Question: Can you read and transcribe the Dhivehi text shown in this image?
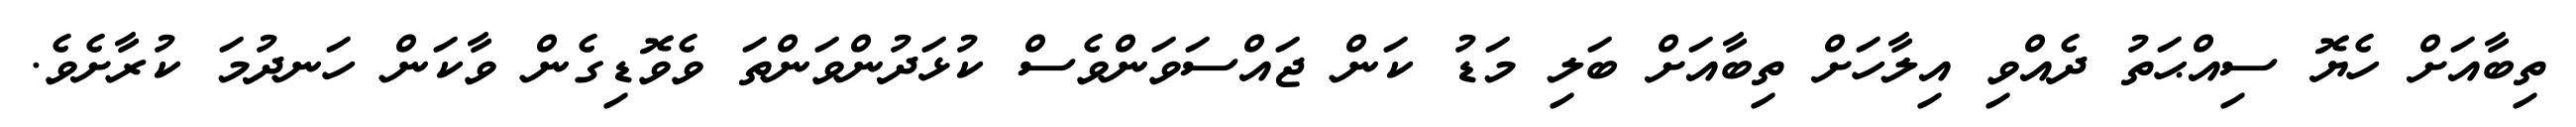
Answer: ތިބާއަށް ހެޔޮ ސިއްޙަތު ދެއްވި އިލާހަށް ތިބާއަށް ބަލި މަޑު ކަން ޖައްސަވަންވެސް ކުޅަދުންވަންތަ ވެވޮޑިގެން ވާކަން ހަނދުމަ ކުރާށެވެ.